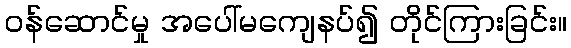
ဝန်ဆောင်မှု အပေါ်မကျေနပ်၍ တိုင်ကြားခြင်း။